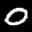
Label: 0